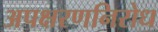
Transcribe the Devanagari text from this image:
अपक्षरणनिरोध